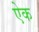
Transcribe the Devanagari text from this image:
एेक